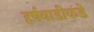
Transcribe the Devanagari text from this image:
हर्षवाडीकडे